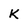
Character: K